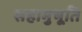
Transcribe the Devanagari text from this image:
सहामुभूति